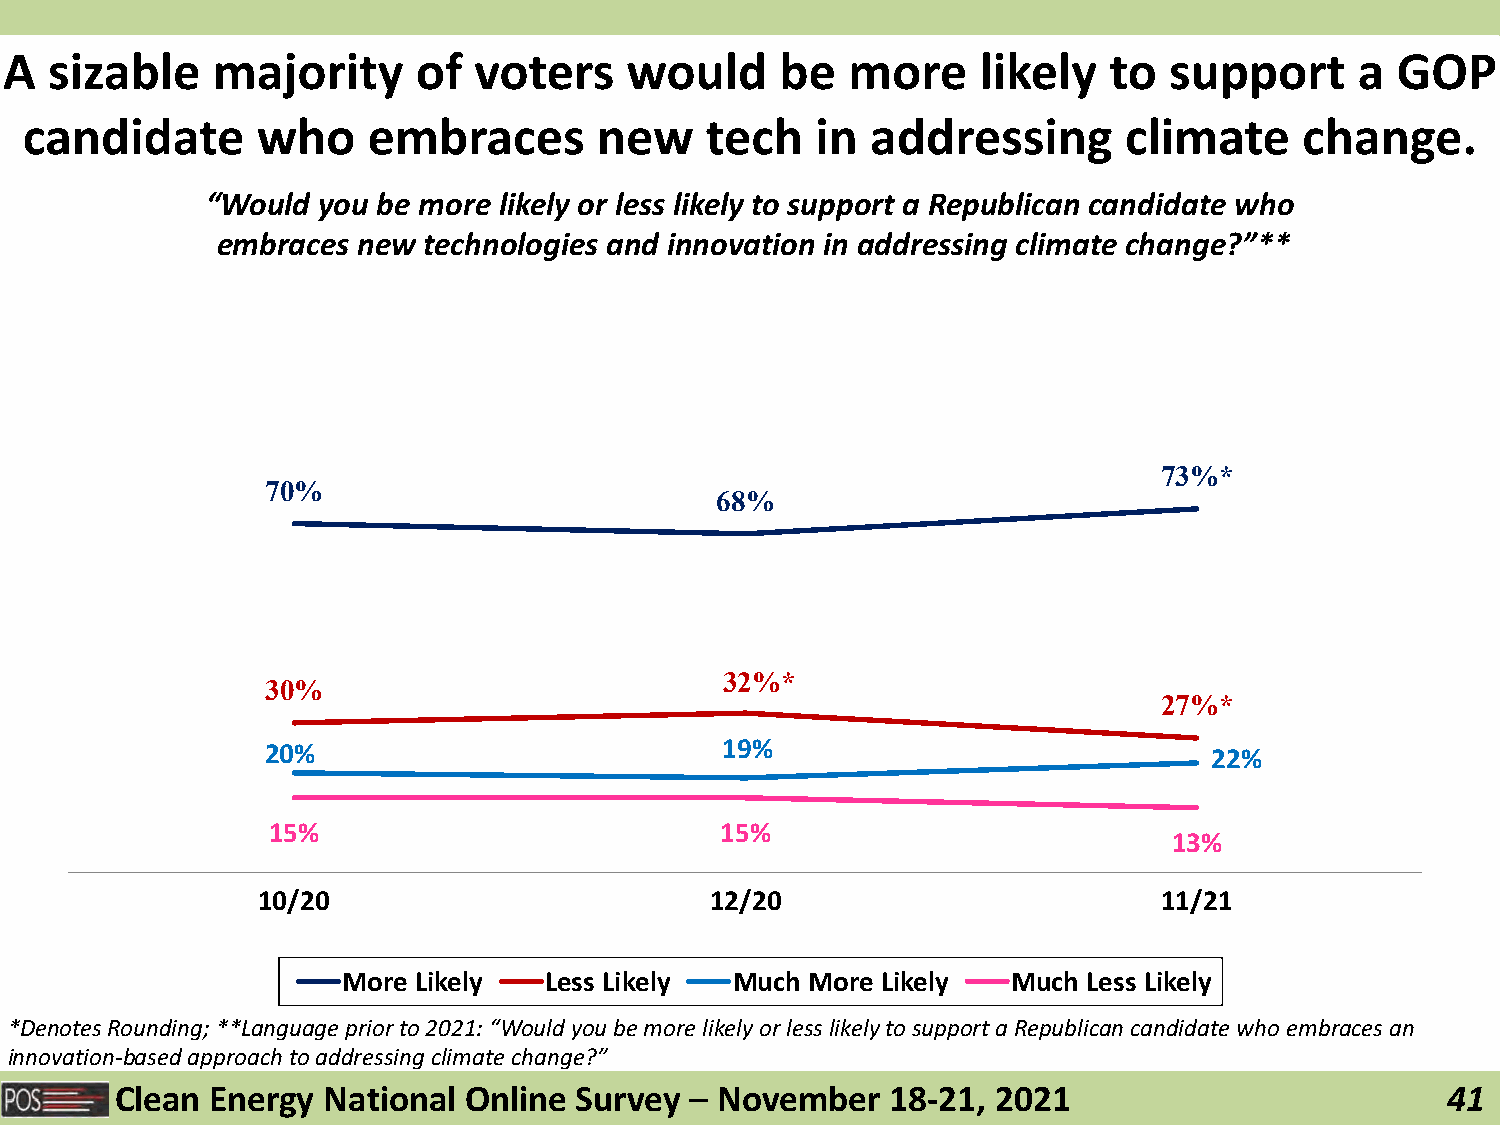
A  sizable    majority      of voters    would      be  more     likely  to  support      a GOP
 candidate      who    embraces        new    tech   in  addressing      climate     change.
 “Would you be more likely or less likely to support a Republican candidate who
 embraces  new technologies and innovation in addressing climate change?”**
 73%*
 70%
 68%
 32%*
 30%
 27%*
 20%                           19%                             22%
 15%                           15%
 13%
 10/20                         12/20                         11/21
 More Likely  Less Likely  Much More Likely  Much Less Likely
 *Denotes Rounding; **Language prior to 2021: “Would you be more likely or less likely to support a Republican candidate who embraces an
 innovation-based approach to addressing climate change?”
 Clean Energy National  Online Survey  – November   18-21, 2021                          41